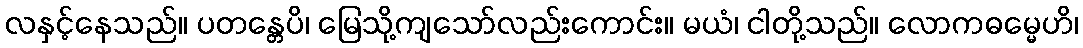
လနှင့်နေသည်။ ပတန္တေပိ၊ မြေသို့ကျသော်လည်းကောင်း။ မယံ၊ ငါတို့သည်။ လောကဓမ္မေဟိ၊